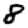
Digit: 8